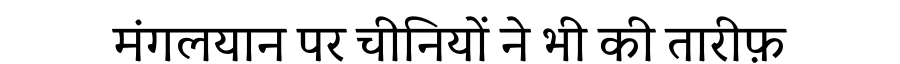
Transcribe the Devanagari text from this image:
मंगलयान पर चीनियों ने भी की तारीफ़